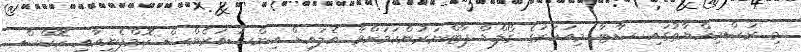
މި ރަސްމިއްޔާތުގައި ސާޓާ މިއަހަރުގެ ގޯލްޑް ޕާޓްނަރުންކަމަށްވާ އެލައިޑް އިންޝުއަރެންސް ކޮމްޕެނީއާއި ހޮކްސް